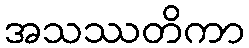
အသဿတိကာ